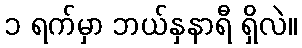
၁ ရက်မှာ ဘယ်နှနာရီ ရှိလဲ။